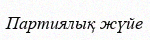
Партиялық жүйе